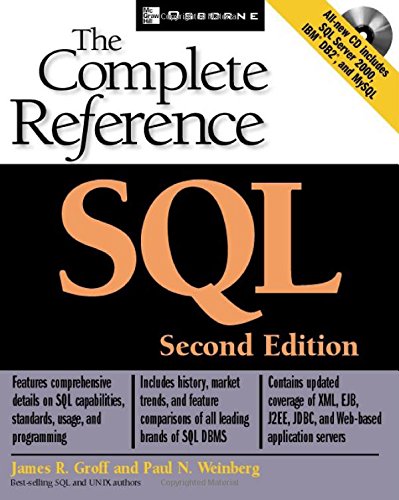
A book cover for SQL: The Complete Reference, 2nd Edition; James R. Groff; Computers & Technology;